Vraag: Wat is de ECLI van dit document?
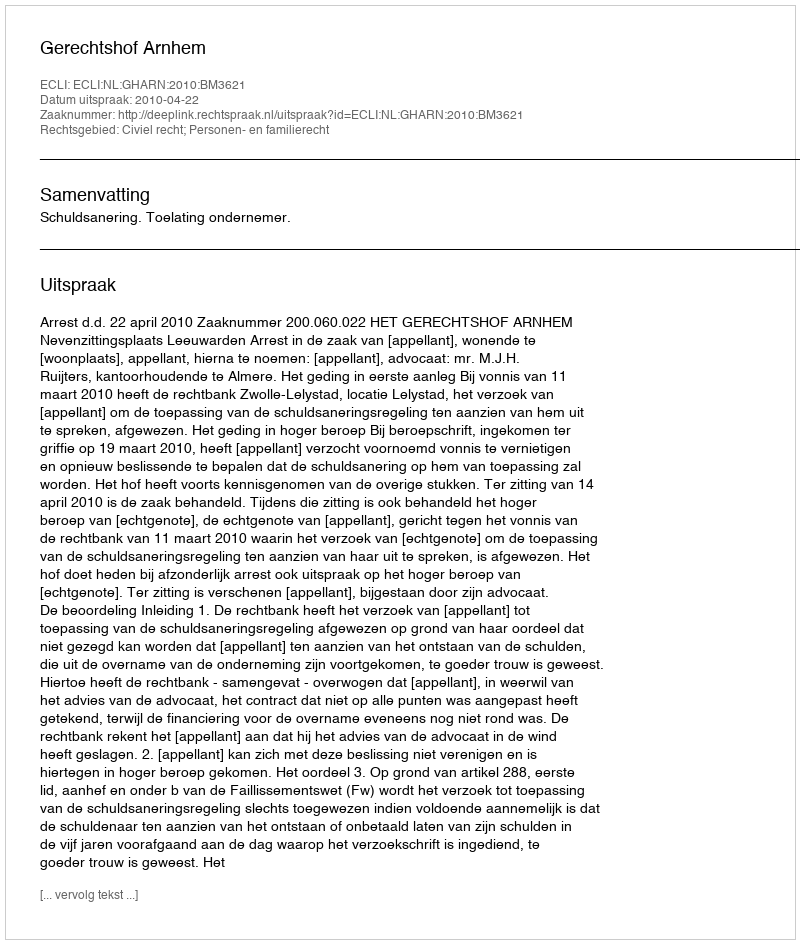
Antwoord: ECLI:NL:GHARN:2010:BM3621